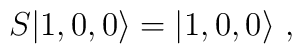
S|1,0,0 \rangle = |1,0,0 \rangle   \ ,